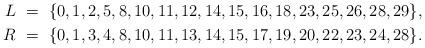
LaTeX: \begin{align*}L\ =\ \{0, 1, 2, 5, 8, 10, 11, 12, 14, 15, 16, 18, 23, 25, 26, 28, 29\}, \\R\ =\ \{0, 1, 3, 4, 8, 10, 11, 13, 14, 15, 17, 19, 20, 22, 23, 24, 28\}.\end{align*}